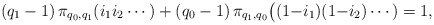
\begin{align*} (q_1-1)\, \pi_{q_0,q_1}(i_1i_2\cdots) + (q_0-1)\, \pi_{q_1,q_0}\big((1{-}i_1)(1{-}i_2)\cdots) = 1,\end{align*}